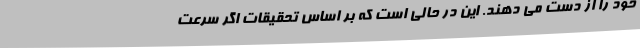
خود را از دست می دهند. این در حالی است که بر اساس تحقیقات اگر سرعت